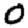
Digit: 0